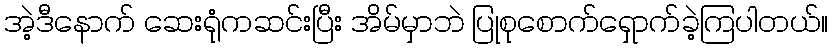
အဲ့ဒီနောက် ဆေးရုံကဆင်းပြီး အိမ်မှာဘဲ ပြုစုစောက်ရှောက်ခဲ့ကြပါတယ်။